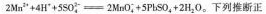
2 Mn^{2+} + 4 H^{+} + 5 S 0_{ 4 } ^ { 2- } = 2 Mn O_{ -} ^ { 4 } + 5 Pb S O_{ 4} + 2 H_{ 2} O$$. 下列推断正